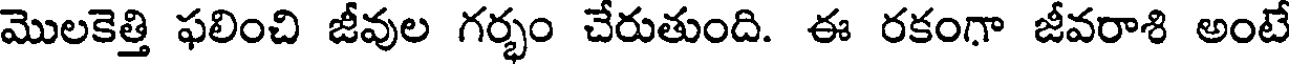
మొలకెత్తి ఫలించి జీవుల గర్భం చేరుతుంది. ఈ రకంగా జీవరాశి అంటే